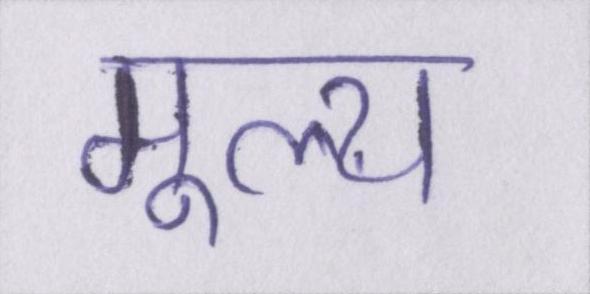
मूल्य